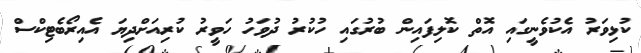
ކުޅިވަރު އެކުވެނީގައި އޮތް ކޮލިފައިން ބުރުގައި ހުކުރު ދުވަހު ހަވީރު ކުރިއަށްދިޔަ އެއިރޯބެޓިކްސް